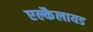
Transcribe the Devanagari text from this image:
एल्कैलायड